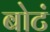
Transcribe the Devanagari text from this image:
बोटं